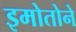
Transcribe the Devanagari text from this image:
इमोतोने